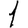
Digit: 1